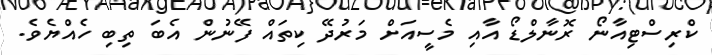
ކްރިސްޓިއާނޯ ރޮނާލްޑޯ އާއި މެސީއަށް މަރުދޭ ކިތައް ފޭނުން އެބަ ތިބި ހެއްޔެވެ.